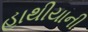
હાથીયાની